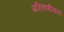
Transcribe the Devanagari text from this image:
परिहाणीयता